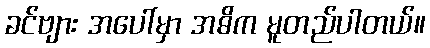
ခင်ဗျား အပေါ်မှာ အဓိက မူတည်ပါတယ်။